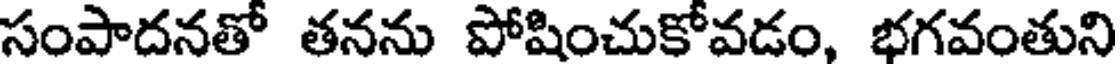
సంపాదనతో తనను పోషించుకోవడం, భగవంతుని